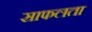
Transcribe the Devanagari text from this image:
साफलता